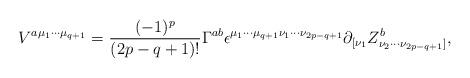
LaTeX: \begin{align*}V^{a{\mu}_{1}{\cdots}{\mu}_{q+1}}=\frac{(-1)^p}{(2p-q+1)!}{\Gamma}^{ab}{\epsilon}^{{\mu}_{1}{\cdots}{\mu}_{q+1}{\nu}_{1}{\cdots}{\nu}_{2p-q+1}}{\partial}_{[{\nu}_{1}}Z^{b}_{{\nu}_{2}{\cdots}{\nu}_{2p-q+1}]},\end{align*}